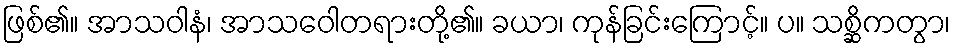
ဖြစ်၏။ အာသဝါနံ၊ အာသဝေါတရားတို့၏။ ခယာ၊ ကုန်ခြင်းကြောင့်။ ပ။ သစ္ဆိကတွာ၊